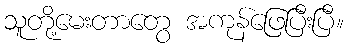
သူတို့မေးတာတွေ အကုန်ဖြေပြီးပြီ။